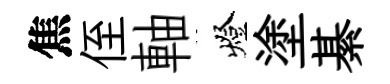
焦侄軸燈塗綦